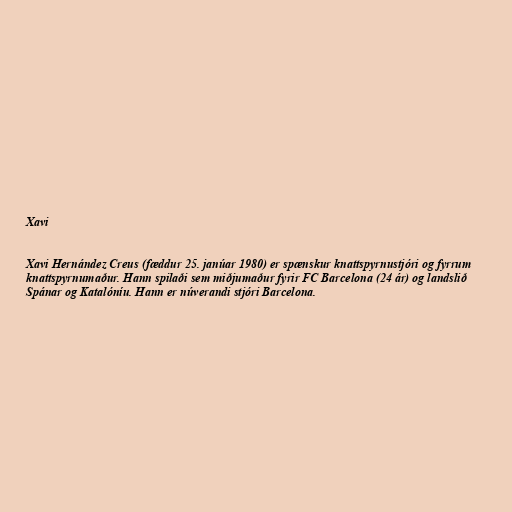
Xavi

Xavi Hernández Creus (fæddur 25. janúar 1980) er spænskur knattspyrnustjóri og fyrrum
knattspyrnumaður. Hann spilaði sem miðjumaður fyrir FC Barcelona (24 ár) og landslið
Spánar og Katalóníu. Hann er núverandi stjóri Barcelona.